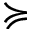
\succcurlyeq